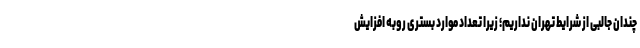
چندان جالبی از شرایط تهران نداریم؛ زیرا تعداد موارد بستری روبه افزایش